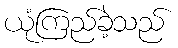
ယုံကြည်ခဲ့သည်